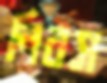
নিরস